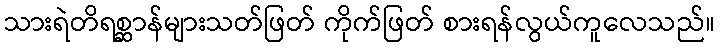
သားရဲတိရစ္ဆာန်များသတ်ဖြတ် ကိုက်ဖြတ် စားရန်လွယ်ကူလေသည်။